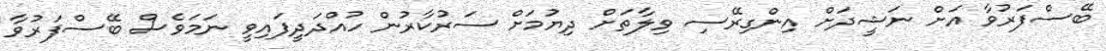
ބޭސްފަރުވާ އަށް ނަޝީދަށް އިންގިރޭސި ވިލާތަށް ދިޔުމަށް ސަރުކާރުން ހުއްދަދީފައިވީ ނަމަވެސް ބޭސްފަރުވާ